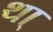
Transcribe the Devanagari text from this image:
था्